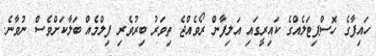
ހައިފާގެ ހޮސްޕިޓަލެއްގެ ކައިރީގައި އަލިފާން ރޯވެއްޖެ ތިވަރު ބިރުވެރި ފިލްމެއް ބަލާކަށްވެސް ނުވާނެ.